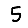
Digit: 5